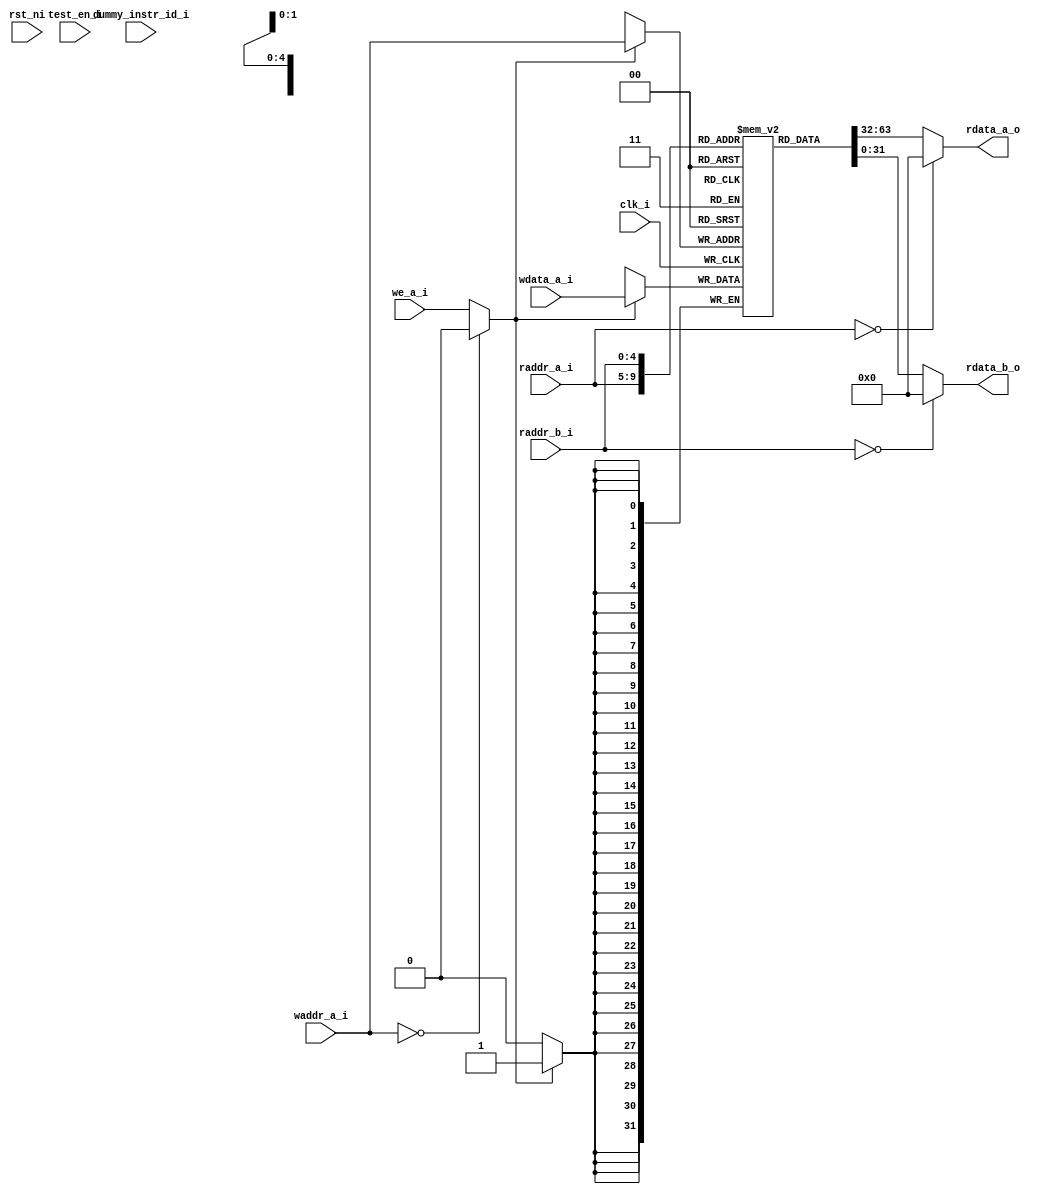
// Copyright lowRISC contributors.
// Licensed under the Apache License, Version 2.0, see LICENSE for details.
// SPDX-License-Identifier: Apache-2.0
module ibex_register_file_fpga (
	clk_i,
	rst_ni,
	test_en_i,
	dummy_instr_id_i,
	raddr_a_i,
	rdata_a_o,
	raddr_b_i,
	rdata_b_o,
	waddr_a_i,
	wdata_a_i,
	we_a_i
);
	parameter [0:0] RV32E = 0;
	parameter [31:0] DataWidth = 32;
	parameter [0:0] DummyInstructions = 0;
	input wire clk_i;
	input wire rst_ni;
	input wire test_en_i;
	input wire dummy_instr_id_i;
	input wire [4:0] raddr_a_i;
	output wire [DataWidth - 1:0] rdata_a_o;
	input wire [4:0] raddr_b_i;
	output wire [DataWidth - 1:0] rdata_b_o;
	input wire [4:0] waddr_a_i;
	input wire [DataWidth - 1:0] wdata_a_i;
	input wire we_a_i;
	localparam signed [31:0] ADDR_WIDTH = (RV32E ? 4 : 5);
	localparam signed [31:0] NUM_WORDS = 2 ** ADDR_WIDTH;
	reg [DataWidth - 1:0] mem [0:NUM_WORDS - 1];
	wire we;
	assign rdata_a_o = (raddr_a_i == {5 {1'sb0}} ? {DataWidth {1'sb0}} : mem[raddr_a_i]);
	assign rdata_b_o = (raddr_b_i == {5 {1'sb0}} ? {DataWidth {1'sb0}} : mem[raddr_b_i]);
	assign we = (waddr_a_i == {5 {1'sb0}} ? 1'b0 : we_a_i);
	always @(posedge clk_i) begin : sync_write
		if (we == 1'b1)
			mem[waddr_a_i] <= wdata_a_i;
	end
	wire unused_rst_ni;
	assign unused_rst_ni = rst_ni;
	wire unused_dummy_instr;
	assign unused_dummy_instr = dummy_instr_id_i;
	wire unused_test_en;
	assign unused_test_en = test_en_i;
endmodule